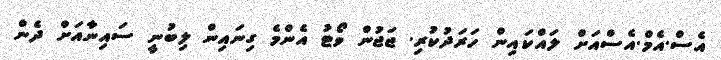
އެސް.އެމް.އެސްއަށް ލައްކައިން ހަރަދުކުރި. ޖަޖުން ވޯޓު އެންމެ ގިނައިން ލިބުނީ ސައިނާއަށް ދެން